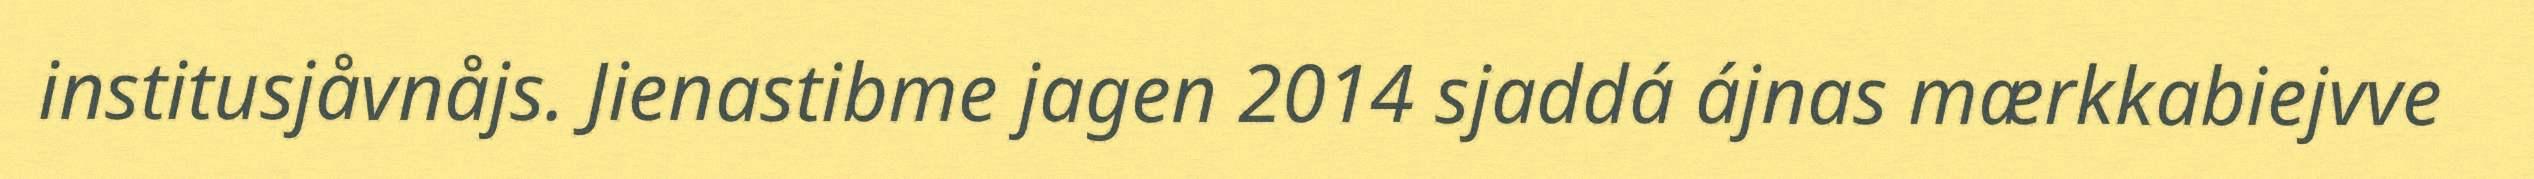
institusjåvnåjs. Jienastibme jagen 2014 sjaddá ájnas mærkkabiejvve